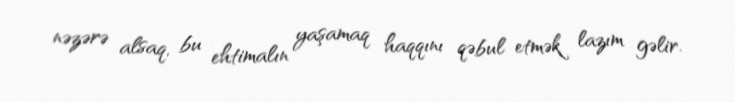
nəzərə alsaq, bu ehtimalın yaşamaq haqqını qəbul etmək lazım gəlir.